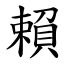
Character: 賴